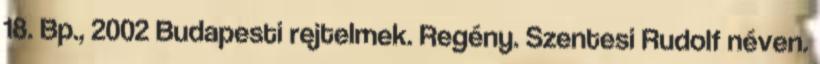
18. Bp., 2002 Budapesti rejtelmek. Regény. Szentesi Rudolf néven.